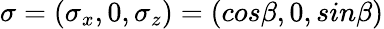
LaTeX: {\mathbf{\sigma}}=\left({\sigma}_{x},0,{\sigma}_{z}\right)=\left({cos}\beta,0,{sin}\beta\right)